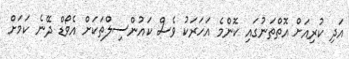
އަދި ކުރިއަށް އޮތްތަނުގައި ކޮންމެ އަހަރަކު ވެސް ކައުންސިލްތަކަށް އެވޯޑް ދޭނެ ކަމަށް